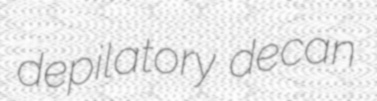
depilatory decan